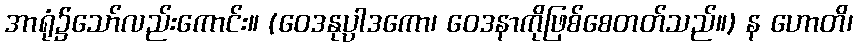
အာရုံ၌သော်လည်းကောင်း။ (ဝေဒနုပ္ပာဒကော၊ ဝေဒနာကိုဖြစ်စေတတ်သည်။) န ဟောတိ၊